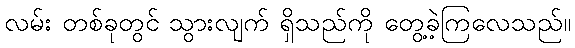
လမ်း တစ်ခုတွင် သွားလျက် ရှိသည်ကို တွေ့ခဲ့ကြလေသည်။